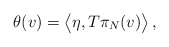
\begin{align*} \theta(v)=\bigl\langle\eta,T\pi_N(v)\bigr\rangle\,, \end{align*}